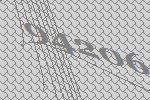
94206